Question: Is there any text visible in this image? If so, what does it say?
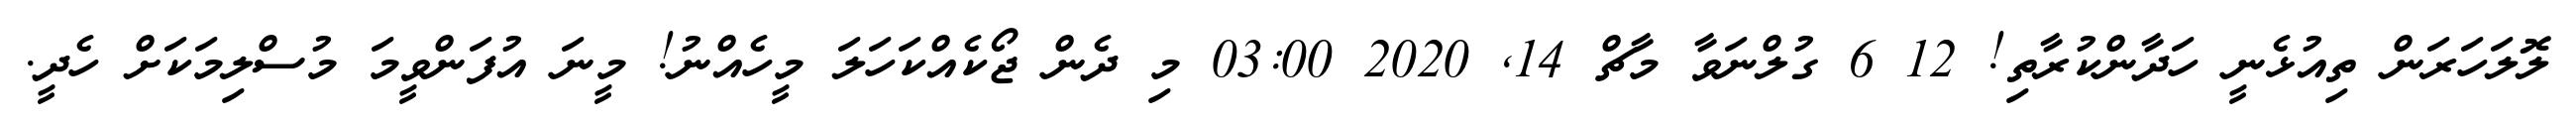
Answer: ލޮލަހަރަން ތިއުޅެނީ ހަދާންކުރާތި! 12 6 ގުލްނަވާ މާޗް 14, 2020 03:00 މި ދެން ޖޯކެއްކަހަލަ މީހެއްނު! މީނަ އުފަންވީމަ މުސްލިމަކަށް ހެދީ.